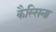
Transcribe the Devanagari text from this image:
कैस्सिना